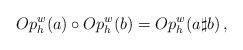
LaTeX: \begin{align*}Op_h^w(a)\circ Op_h^w(b) = Op_h^w (a\sharp b) \, ,\end{align*}